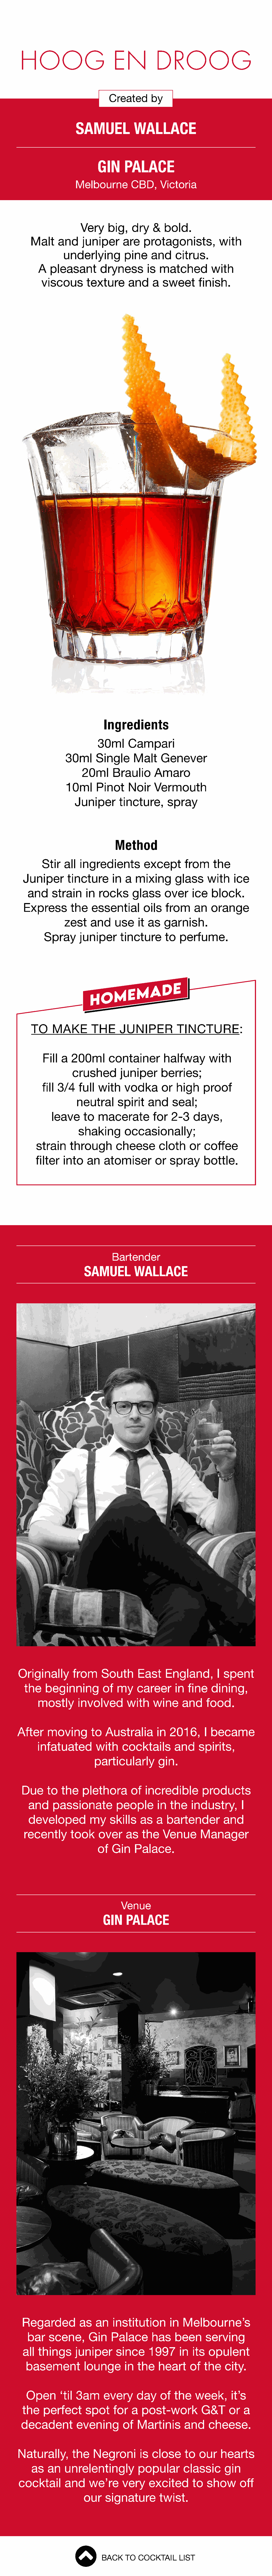
HOOG                        EN           DROOG
 Created      by
 SAMUEL           WALLACE
 GIN      PALACE
 Melbourne        CBD,    Victoria
 Very     big,   dry   &  bold.
 Malt    and     juniper     are   protagonists,          with
 underlying        pine     and    citrus.
 A  pleasant       dryness       is  matched         with
 viscous       texture      and    a  sweet      finish.
 Ingredients
 30ml      Campari
 30ml     Single     Malt    Genever
 20ml     Braulio      Amaro
 10ml     Pinot     Noir    Vermouth
 Juniper      tincture,     spray
 Method
 Stir  all  ingredients        except       from    the
 Juniper      tincture      in  a  mixing      glass     with   ice
 and     strain    in  rocks     glass     over    ice   block.
 Express       the    essential      oils   from     an   orange
 zest    and     use    it as  garnish.
 Spray      juniper     tincture      to  perfume.
 TO     MAKE        THE     JUNIPER          TINCTURE:
 Fill a   200ml      container       halfway       with
 crushed       juniper      berries;
 fill 3/4   full  with    vodka      or  high    proof
 neutral     spirit    and    seal;
 leave     to   macerate        for   2-3   days,
 shaking       occasionally;
 strain    through       cheese       cloth    or   coffee
 filter  into   an   atomiser        or  spray     bottle.
 Bartender
 SAMUEL         WALLACE
 Originally       from     South     East     England,       I spent
 the    beginning        of  my    career      in  fine   dining,
 mostly      involved       with    wine     and    food.
 After    moving       to   Australia      in  2016,      I became
 infatuated        with    cocktails       and    spirits,
 particularly        gin.
 Due     to   the   plethora      of   incredible       products
 and    passionate         people      in  the    industry,      I
 developed         my    skills   as   a  bartender        and
 recently      took     over    as   the   Venue      Manager
 of   Gin   Palace.
 Venue
 GIN    PALACE
 Regarded         as   an   institution      in  Melbourne’s
 bar    scene,      Gin   Palace       has    been     serving
 all things      juniper     since     1997     in  its  opulent
 basement         lounge       in the    heart    of   the   city.
 Open      ‘til 3am     every     day    of   the   week,      it’s
 the   perfect      spot    for   a  post-work         G&T     or  a
 decadent         evening       of  Martinis       and    cheese.
 Naturally,       the   Negroni       is  close     to  our    hearts
 as   an   unrelentingly          popular      classic      gin
 cocktail     and     we’re     very    excited      to  show      off
 our    signature       twist.
 BACK   TO  COCKTAIL    LIST